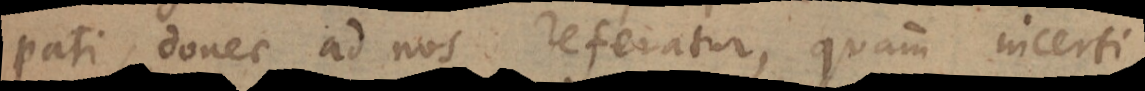
pati, donec ad nos referatur, quam incerti